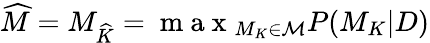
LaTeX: \widehat{M}=M_{\widehat{K}}=\mathrm{~m~a~x~}_{M_{K}\in\mathcal{M}}P(M_{K}|D)